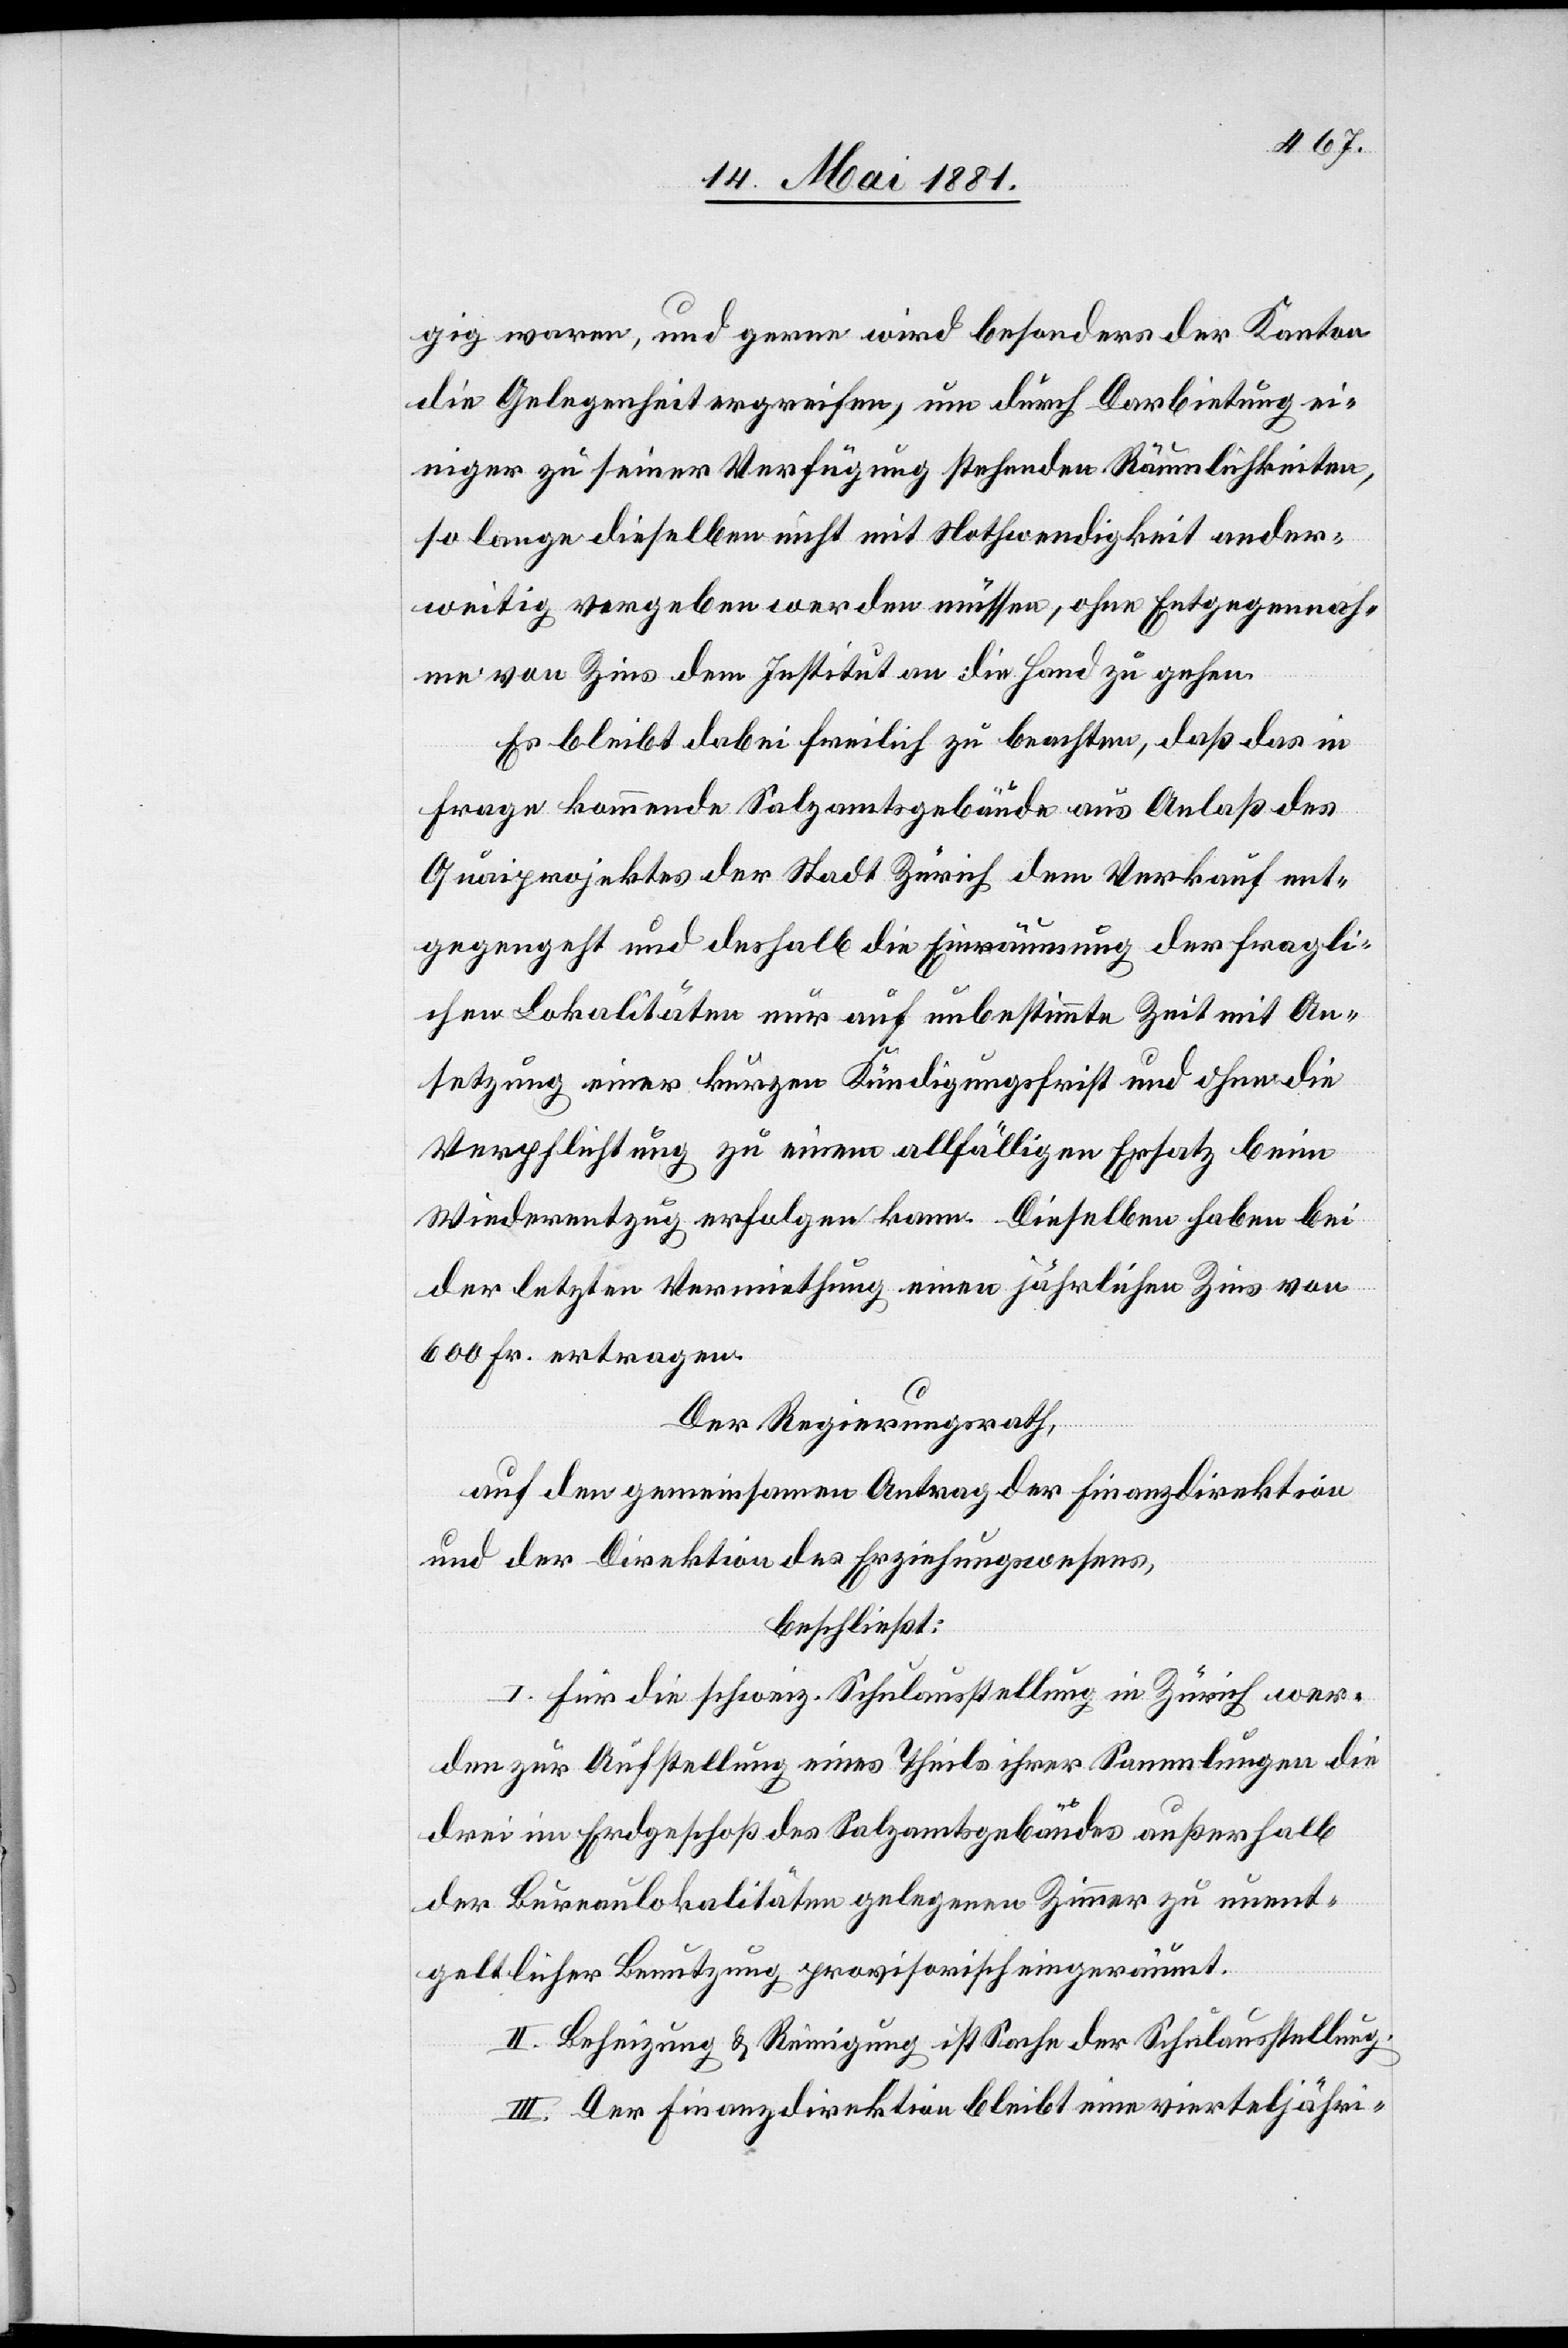
gig waren, und gerne wird besonders der Kanton
die Gelegenheit ergreifen, um durch Darbietung ei¬
niger zu seiner Verfügung stehenden Räumlichkeiten,
so lange dieselben nicht mit Nothwendigkeit ander¬
weitig vergeben werden müssen, ohne Entgegennah¬
me von Zins dem Institut an die Hand zu gehen.
Es bleibt dabei freilich zu beachten, daß das in
Frage kommende Salzamtsgebäude aus Anlaß des
Quaiprojektes der Stadt Zürich dem Verkauf ent¬
gegensteht und deshalb die Einräumung der fragli¬
chen Lokalitäten nur auf unbestimmte Zeit mit An¬
setzung einer kurzen Kündigungsfrist und ohne die
Verpflichtung zu einem allfälligen Ersatz beim
Wiederentzug erfolgen kann. Dieselben haben bei
der letzten Vermiethung einen jährlichen Zins von
600 Fr. ertragen.
Der Regierungsrath,
auf den gemeinsamen Antrag der Finanzdirektion
beschließt:
I. Für die schweiz. Schulausstellung in Zürich wer¬
den zur Aufstellung eines Theils ihrer Sammlungen die
drei im Erdgeschoß des Salzamtsgebäudes außerhalb
der Bureaulokalitäten gelegenen Zimmer zu unent¬
geltlicher Benutzung provisorisch eingeräumt.
II. Beheizung & Reinigung ist Sache der Schulausstellung.
III. Der Finanzdirektion bleibt eine vierteljähri-